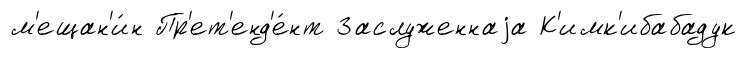
м'ещан'и́н Пр'ет'енд'е́нт Заслуженнаjа К'имк'ибабадук